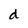
Character: d